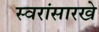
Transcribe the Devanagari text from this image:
स्वरांसारखे